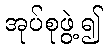
အုပ်စုဖွဲ့၍